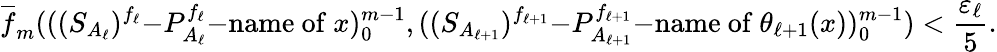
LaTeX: \overline{{f}}_{m}(((S_{A_{\ell}})^{f_{\ell}}\mathrm{-}P_{A_{\ell}}^{f_{\ell}}\mathrm{-name~of\ }x)_{0}^{m-1},((S_{A_{\ell+1}})^{f_{\ell+1}}\mathrm{-}P_{A_{\ell+1}}^{f_{\ell+1}}\mathrm{-name~of\ }\theta_{\ell+1}(x))_{0}^{m-1})<\frac{\varepsilon_{\ell}}{5}.